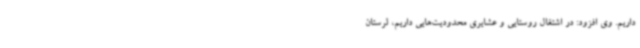
داریم. وی افزود: در اشتغال روستایی و عشایری محدودیت‌هایی داریم، لرستان